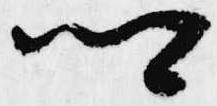
卿